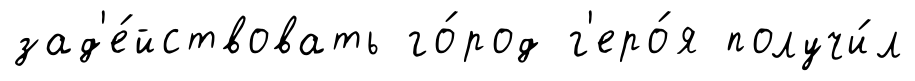
зад'е́йствовать го́род г'еро́я получи́л